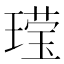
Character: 𬎆